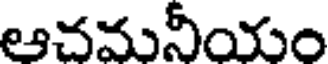
ఆచమనీయం